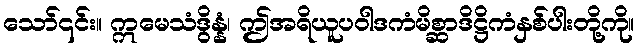
သော်၎င်း။ ဣမေသံဒွိန္နံ၊ ဤအရိယူပဝါဒကံမိစ္ဆာဒိဋ္ဌိကံနှစ်ပါးတို့ကို။